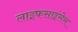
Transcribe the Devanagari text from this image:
लाइफसाइंसेस